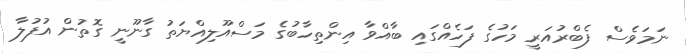
ނަމަވެސް ފެބްރުއަރީ މަހުގެ ފަހެއްގައި ބާއްވާ އިންތިހާބުގެ މަސްއޫލިއްޔަތު ގާނޫނީ ގޮތުން އުފުލާ